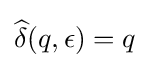
{\widehat {\delta }}(q,\epsilon )=q